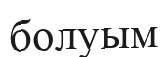
болуым